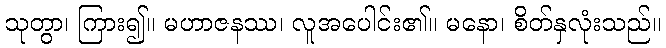
သုတွာ၊ ကြား၍။ မဟာဇနဿ၊ လူအပေါင်း၏။ မနော၊ စိတ်နှလုံးသည်။